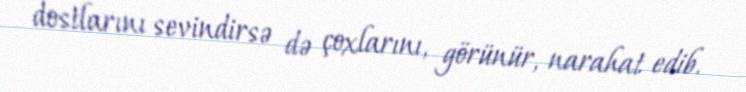
dostlarını sevindirsə də çoxlarını, görünür, narahat edib.